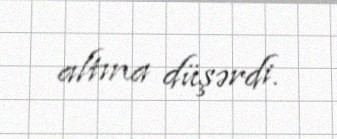
altına düşərdi.